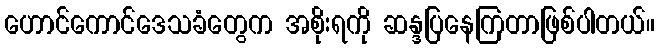
ဟောင်ကောင်ဒေသခံတွေက အစိုးရကို ဆန္ဒပြနေကြတာဖြစ်ပါတယ်။